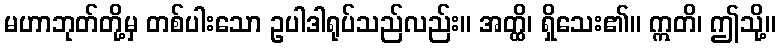
မဟာဘုတ်တို့မှ တစ်ပါးသော ဥပါဒါရုပ်သည်လည်း။ အတ္ထိ၊ ရှိသေး၏။ ဣတိ၊ ဤသို့။